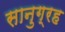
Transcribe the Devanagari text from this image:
सानुग्रह